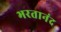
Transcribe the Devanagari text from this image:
भरतानंद